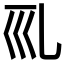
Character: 𠃞